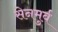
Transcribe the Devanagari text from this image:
सेनमुर्व